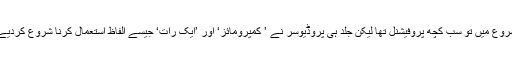
شروع میں تو سب کچھ پروفیشنل تھا لیکن جلد ہی پروڈیوسر نے ’ کمپرومائز‘ اور ’ایک رات‘ جیسے الفاظ استعمال کرنا شروع کردیے۔